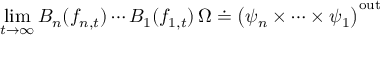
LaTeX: \operatorname * { l i m } _ { t \rightarrow \infty } B _ { n } ( f _ { n , t } ) \cdots B _ { 1 } ( f _ { 1 , t } ) \, \Omega \doteq \big ( \psi _ { n } \times \cdots \times \psi _ { 1 } \big ) ^ { \mathrm { o u t } } \,